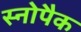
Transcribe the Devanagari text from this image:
स्नोपैक